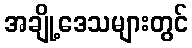
အချို့ဒေသများတွင်